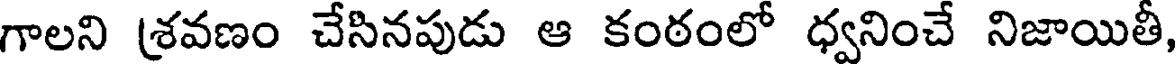
గాలని శ్రవణం చేసినపుడు ఆ కంఠంలో ధ్వనించే నిజాయితీ,